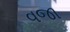
વજા